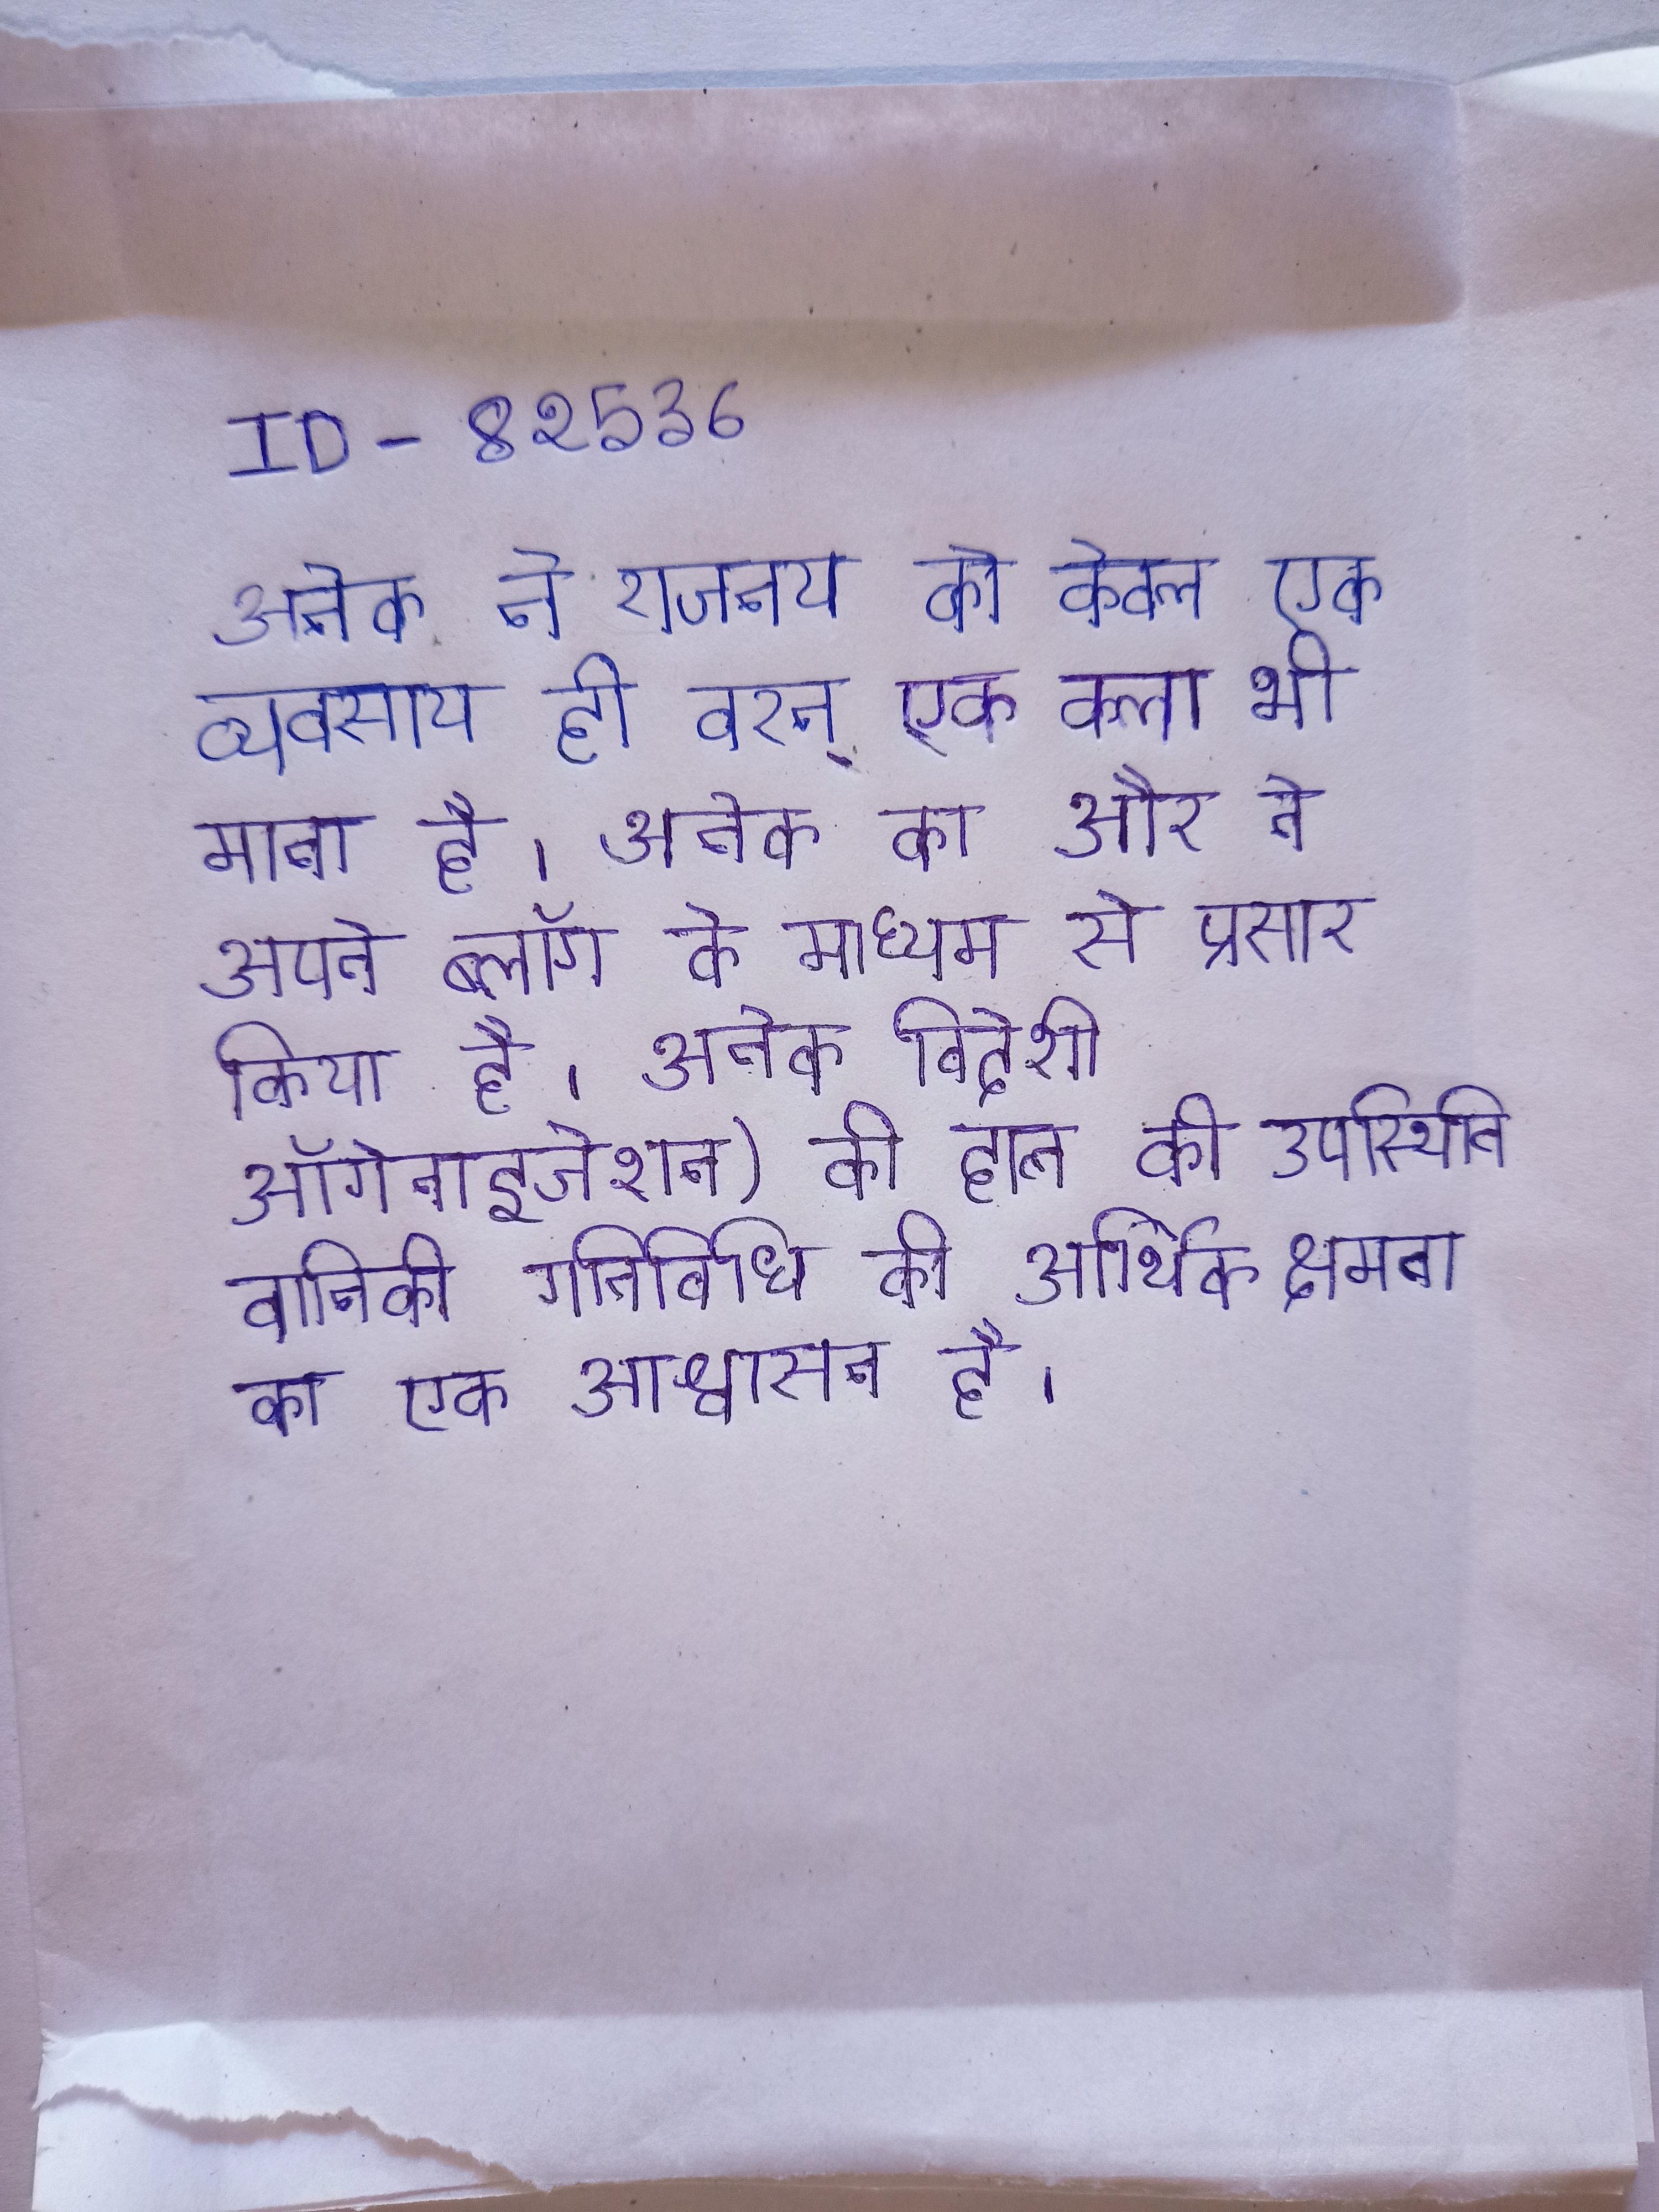
अनेक ने राजनय को केवल एक व्यवसाय ही वरन् एक कला भी माना है । अनेक का और ने अपने ब्लॉग के माध्यम से प्रसार किया है । अनेक विदेशी ऑर्गनाइजेशन) की हाल की उपस्थिति वानिकी गतिविधि की आर्थिक क्षमता का एक आश्वासन है ।